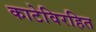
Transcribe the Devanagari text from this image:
काटेविरहित